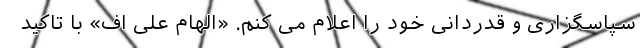
سپاسگزاری و قدردانی خود را اعلام می کنم. «الهام علی اف» با تاکید